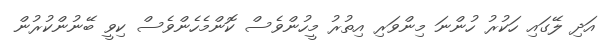
އަދި ލޭގައި ހަކުރު ހުންނަ މިންވަރި އިތުރު މީހުންވެސް ކޮންމެހެންވެސް ކިވީ ބޭނުންކުރުން